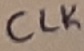
Text: CLK